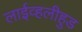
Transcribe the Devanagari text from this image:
लाईव्हलीहुड